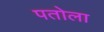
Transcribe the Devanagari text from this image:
पतोला